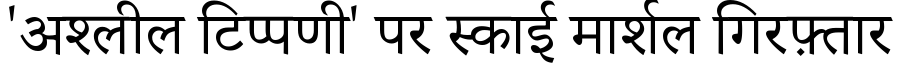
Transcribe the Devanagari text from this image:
'अश्लील टिप्पणी' पर स्काई मार्शल गिरफ़्तार